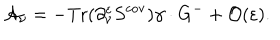
{ \cal A } _ { \nu } = - \mathrm { T r } ( \partial _ { \nu } ^ { \varepsilon } S ^ { \mathrm { c o v } } ) \gamma \cdot G ^ { - } + { \cal O } ( \varepsilon ) .